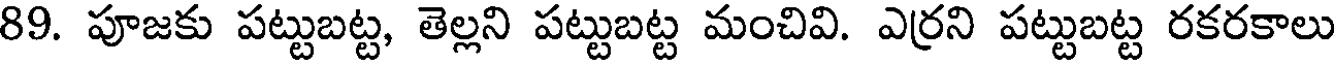
89. పూజకు పట్టుబట్ట, తెల్లని పట్టుబట్ట మంచివి. ఎర్రని పట్టుబట్ట రకరకాలు